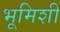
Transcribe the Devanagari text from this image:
भूमिशी